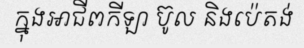
ក្នុងអាជីពកីឡា ប៊ូល និងប៉េតង់